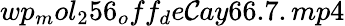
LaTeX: wp_{m}ol_{2}56_{o}ff_{d}e\mathcal{C}ay66.7.mp4